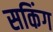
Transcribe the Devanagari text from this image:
सकिंग